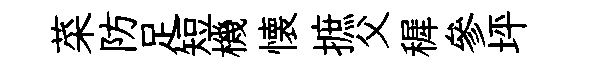
菜防足短機懐摭父穉參坪